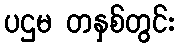
ပဌမ တနှစ်တွင်း